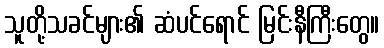
သူတို့သခင်များ၏ ဆံပင်ရောင် မြင်းနီကြီးတွေ။